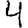
Digit: 4